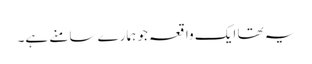
یہ تھا ایک واقعہ جو ہمارے سامنے ہے۔